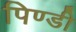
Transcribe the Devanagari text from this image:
पिण्डी